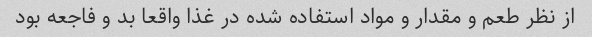
از نظر طعم و مقدار و مواد استفاده شده در غذا واقعا بد و فاجعه بود